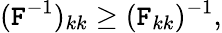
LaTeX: (\mathtt{F}^{-1})_{kk}\ge(\mathtt{F}_{kk})^{-1},